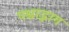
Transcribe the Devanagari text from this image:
पश्चाद्भाग